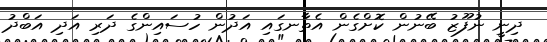
ދިނީ ނުފޫޒު ބޭނުން ކޮށްގެން އެތާނގައި އަދުން ހުސައިންގެ ދަރި އަދި އަބްދު